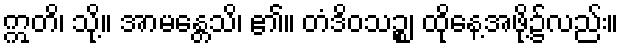
ဣတိ၊ သို့။ အာမန္တေသိ၊ ၏။ တံဒိဝသဉ္စ၊ ထိုနေ့အဖို့၌လည်း။